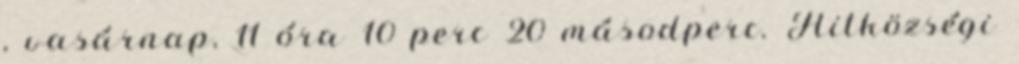
, vasárnap, 11 óra 10 perc 20 másodperc. Hitközségi